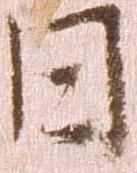
日